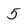
Character: 5